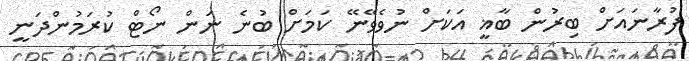
ފުރާނައަށް ބިރުން ބާޣީ އަކަށް ނުވެވޭނޭ ކަމަށް ބުނެ ނަން ނޯޓް ކުރަމުންދަނީ